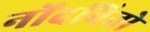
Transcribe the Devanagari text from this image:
नोंदवितो